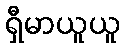
ရှီမာယူယူ